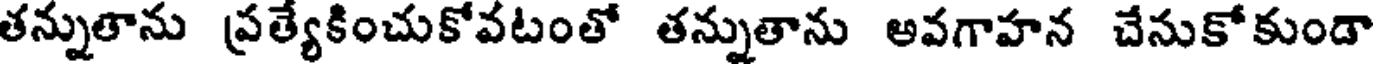
తన్నుతాను ప్రత్యేకించుకోవటంతో తన్నుతాను అవగాహన చేనుకోకుండా